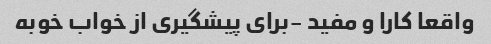
واقعا کارا و مفید -برای پیشگیری از خواب خوبه